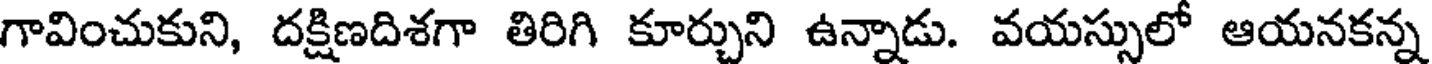
గావించుకుని, దక్షిణదిశగా తిరిగి కూర్చుని ఉన్నాడు. వయస్సులో ఆయనకన్న